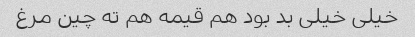
خیلی خیلی بد بود هم قیمه هم ته چین مرغ